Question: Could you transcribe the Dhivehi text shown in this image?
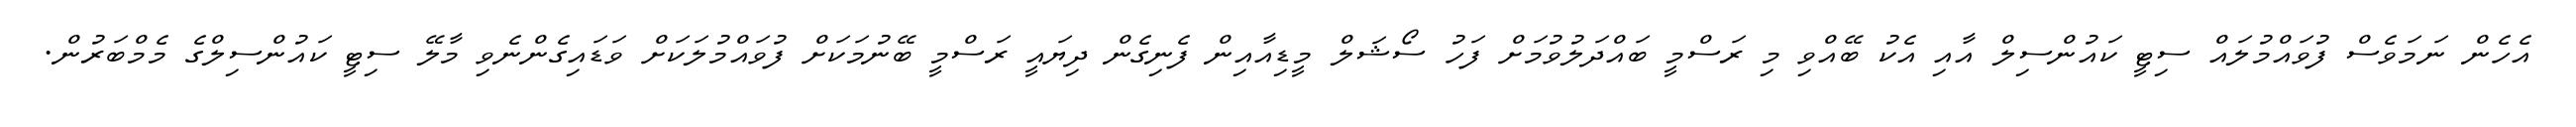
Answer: އެހެން ނަމަވެސް ފުވައްމުލައް ސިޓީ ކައުންސިލް އާއި އެކު ބޭއްވި މި ރަސްމީ ބައްދަލުވުމަށް ފަހު ސޯޝަލް މީޑިއާއިން ފެނިގެން ދިޔައީ ރަސްމީ ބޭނުމަކަށް ފުވައްމުލަކަށް ވަޑައިގެންނެވި މާލޭ ސިޓީ ކައުންސިލްގެ މެމްބަރުން.